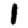
Digit: 1